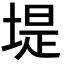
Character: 堤